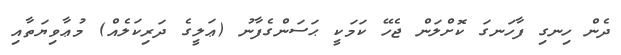
ދެން ހިނގި ފާހަނގަ ކޮށްލަން ޖެހޭ ކަމަކީ ޙަސަންގެފާނު (ޢަލީގެ ދަރިކަލެއް) މުޢާވިޔަތާއި